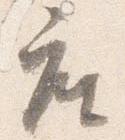
座